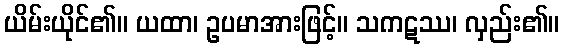
ယိမ်းယိုင်၏။ ယထာ၊ ဥပမာအားဖြင့်။ သကဋဿ၊ လှည်း၏။